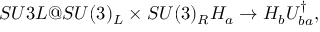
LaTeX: \index { S U 3 L @ S U ( 3 ) _ { L } \times S U ( 3 ) _ { R } } H _ { a } \to H _ { b } U _ { b a } ^ { \dagger } ,